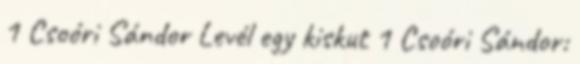
1 Csoóri Sándor Levél egy kiskut 1 Csoóri Sándor: